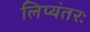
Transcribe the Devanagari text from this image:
लिप्यंतरः